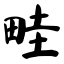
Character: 畦